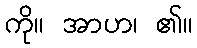
ကို။ အာဟ၊ ၏။